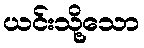
ယင်းသို့သော